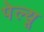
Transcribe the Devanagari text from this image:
पेल्यू